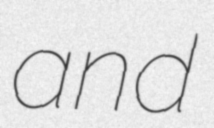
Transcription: and